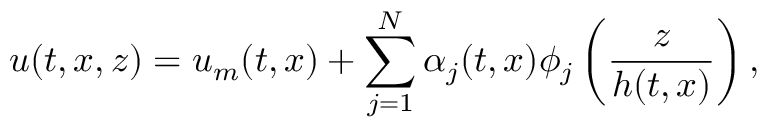
u ( t , x , z ) = u _ { m } ( t , x ) + \sum _ { j = 1 } ^ { N } \alpha _ { j } ( t , x ) \phi _ { j } \left( \frac { z } { h ( t , x ) } \right) ,